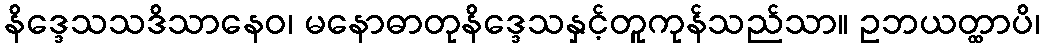
နိဒ္ဒေသသဒိသာနေဝ၊ မနောဓာတုနိဒ္ဒေသနှင့်တူကုန်သည်သာ။ ဥဘယတ္ထာပိ၊